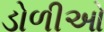
ડોળીઓ